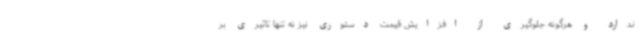
ندارد و هرگونه جلوگیری از افزایش قیمت دستوری نیز نه تنها تاثیری بر